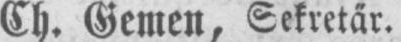
Ch. Gemen, Sekretär.